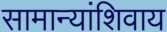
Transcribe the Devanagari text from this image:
सामान्यांशिवाय